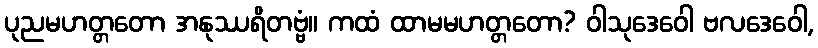
ပုညမဟတ္တတော အနုဿရိတဗ္ဗံ။ ကထံ ထာမမဟတ္တတော? ဝါသုဒေဝေါ ဗလဒေဝေါ,